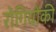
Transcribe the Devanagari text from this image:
रोगियोंकी